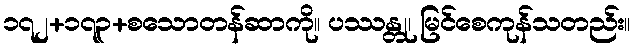
၁၇၂+၁၇၃+စသောတန်ဆာကို။ ပဿန္တု၊ မြင်စေကုန်သတည်း။